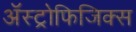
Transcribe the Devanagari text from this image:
ॲस्ट्रोफिजिक्‍स